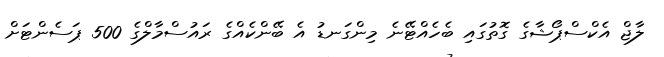
ލާޖް އެކްސްޕޯޝާގެ ގޮތުގައި ބެހެއްޓޭނެ މިންގަނޑު އެ ބޭންކެއްގެ ރައުސްމާލްގެ 500 ޕަސެންޓަށް